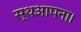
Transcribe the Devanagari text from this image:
स्थआपना।